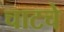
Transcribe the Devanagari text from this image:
चाटचे